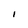
Character: i